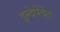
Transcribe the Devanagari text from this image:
इन्देपेंदेंट